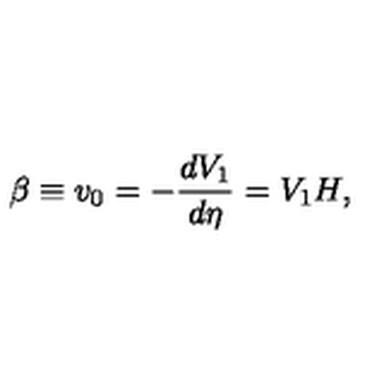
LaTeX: \beta \equiv v _ { 0 } = - \frac { d V _ { 1 } } { d \eta } = V _ { 1 } H ,